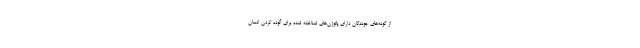
از گونه‌های جوندگان دارای پاتوژن‌های شناخته شده برای آلوده کردن انسان